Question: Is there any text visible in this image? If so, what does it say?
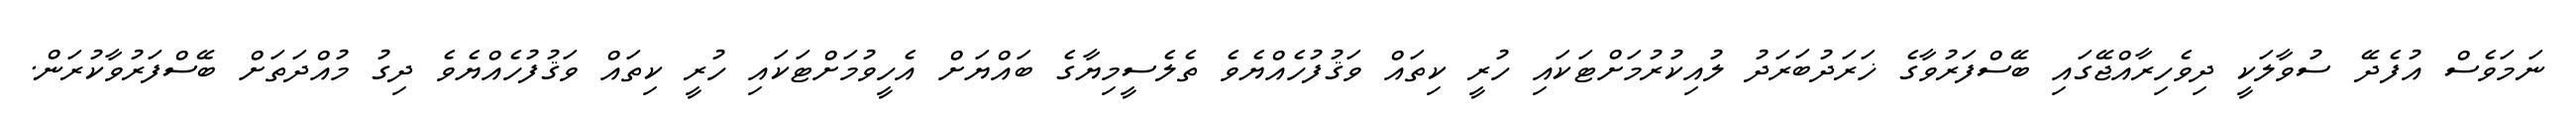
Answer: ނަމަވެސް އުފެދޭ ސުވާލަކީ ދިވެހިރާއްޖޭގައި ބޭސްފަރުވާގެ ޚަރަދުބަރަދު ލުއިކުރުމަށްޓަކައި ހުރީ ކިތައް ވަޤުފުހެއްޔެވެ ތެލެސީމިޔާގެ ބައްޔަށް އެހީވުމަށްޓަކައި ހުރީ ކިތައް ވަޤުފުހެއްޔެވެ ދިގު މުއްދަތަށް ބޭސްފަރުވާކުރަން.